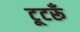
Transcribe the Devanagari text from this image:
टूटरूँ